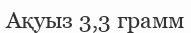
Ақуыз 3,3 грамм